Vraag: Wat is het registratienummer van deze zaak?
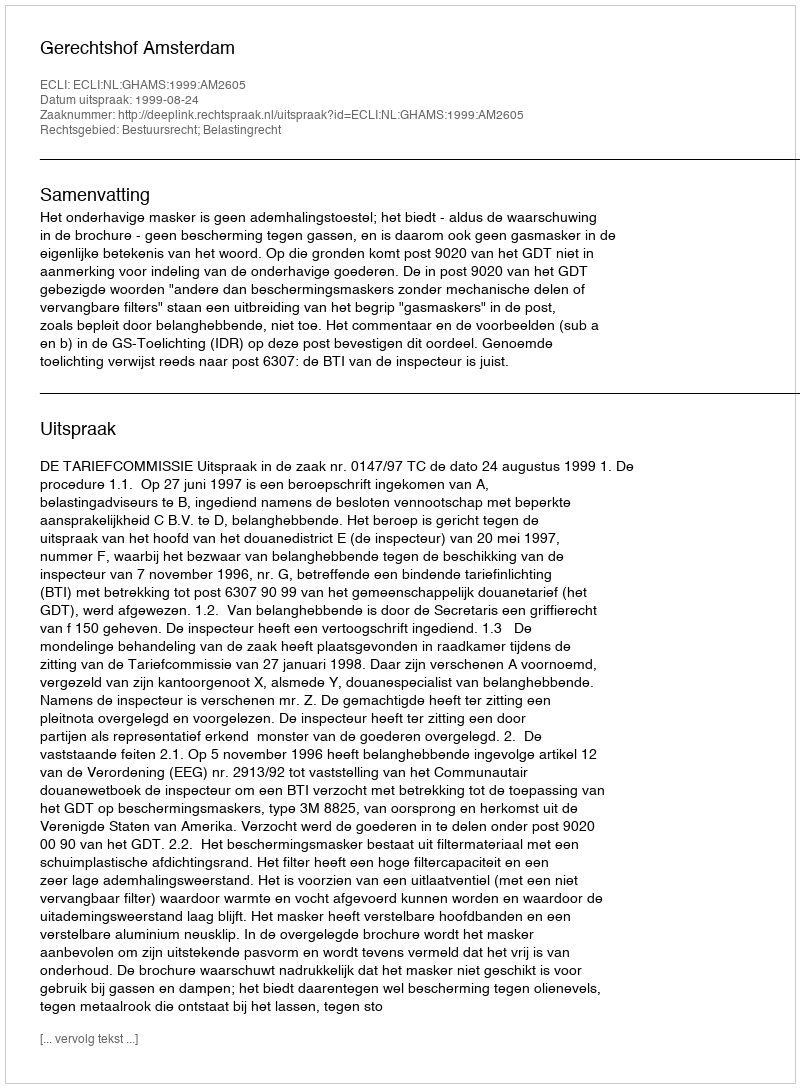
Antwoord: http://deeplink.rechtspraak.nl/uitspraak?id=ECLI:NL:GHAMS:1999:AM2605